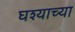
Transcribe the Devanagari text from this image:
घश्याच्या